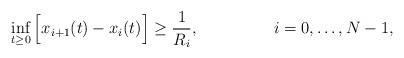
LaTeX: \begin{align*}&\inf_{t\geq0} \left[\vphantom{\vec{V}} x_{i+1}(t)-x_i(t)\right] \geq \dfrac{1}{R_i},&&i=0,\ldots,N-1,\end{align*}